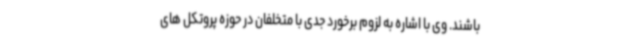
باشند. وی با اشاره به لزوم برخورد جدی با متخلفان در حوزه پروتکل های